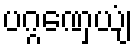
ပဂ္ဂဏှေယျံ